Leaving Certificate Examination, 1919
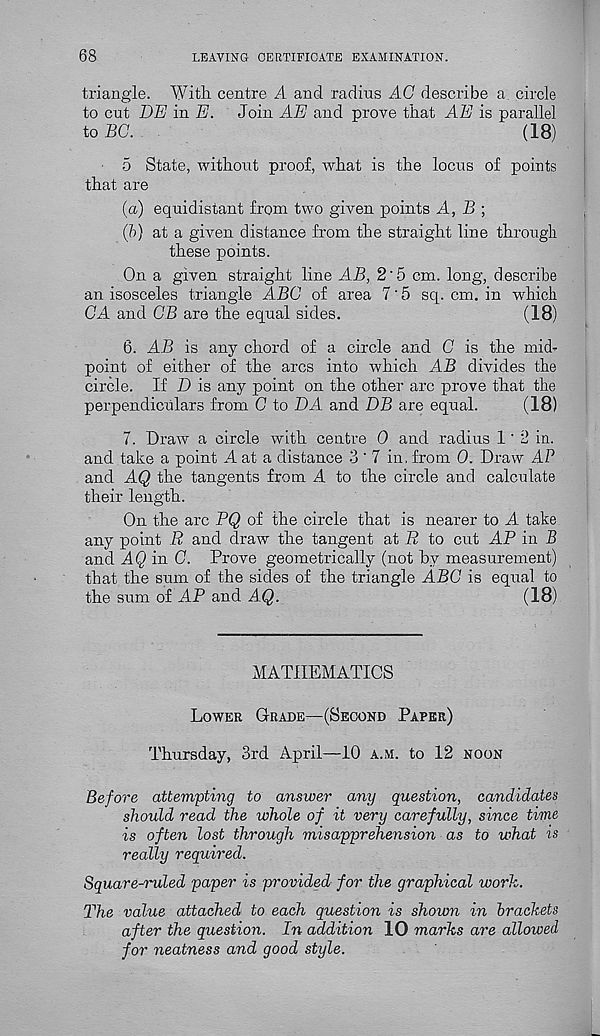
68
LEAVING CERTIFICATE EXAMINATION.
triangle. With centre A and radius AC describe a circle
to cut DE in E.
Join AE and prove that AE is parallel
to BC.
(18)
5 State, without proof, what is the locus of points
that are
(a) equidistant from two given points A, B •,
(ft) at a given distance from the straight line through
these points.
On a given straight line AB, 2'5 cm. long, describe
an isosceles triangle ABC of area 7'5 sq. cm. in which
CA and CB are the equal sides.
(18)
6. AB is any chord of a circle and C is the mid-
point of either of the arcs into which AB divides the
circle. If D is any point on the other arc prove that the
perpendiculars from C to DA and DB are equal.
(18)
7. Draw a circle with centre 0 and radius 1 ‘ 2 in.
and take a point A at a distance 3'7 in, from 0. Draw AP
and AQ the tangents from A to the circle and calculate
their length.
On the arc PQ of the circle that is nearer to A take
any point R and draw the tangent at R to cut AP in B
and
in 0. Prove geometrically (not by measurement)
that the sum of the sides of the triangle ABC is equal to
the sum of AP and A Q.
(18)
MATHEMATICS
Lower Grade—(Second Paper)
Thursday, 3rd April—10 a.m. to 12 noon
Before attempting to answer any question, candidates
should read the whole of it very carefully, since time
is often lost through misapprehension as to what is
really required.
Square-ruled paper is provided for the graphical work.
The value attached to each question is shown in brackets
after the question. In addition 10 marks are allowed
for neatness and good style.